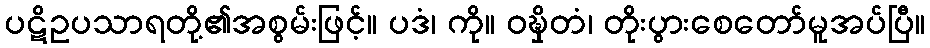
ပဋိဥပသာရတို့၏အစွမ်းဖြင့်။ ပဒံ၊ ကို။ ဝဍ္ဎှိတံ၊ တိုးပွားစေတော်မူအပ်ပြီ။